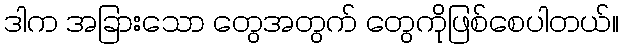
ဒါက အခြားသော တွေအတွက် တွေကိုဖြစ်စေပါတယ်။